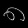
Digit: ၈